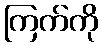
ကြက်ကို